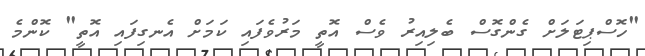
"ހޮސްޕިޓަލަށް ގެންގޮސް ބެލިއިރު ވެސް އޮތީ މަރުވެފައި ކަމަށް އެނގިފައި އޮތީ" ކޮންމެ